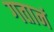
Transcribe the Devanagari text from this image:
गतानं